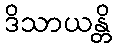
ဒိသာယန္တိ